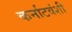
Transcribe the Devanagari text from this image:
कर्नाटवंशी